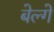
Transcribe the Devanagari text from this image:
बेल्गे